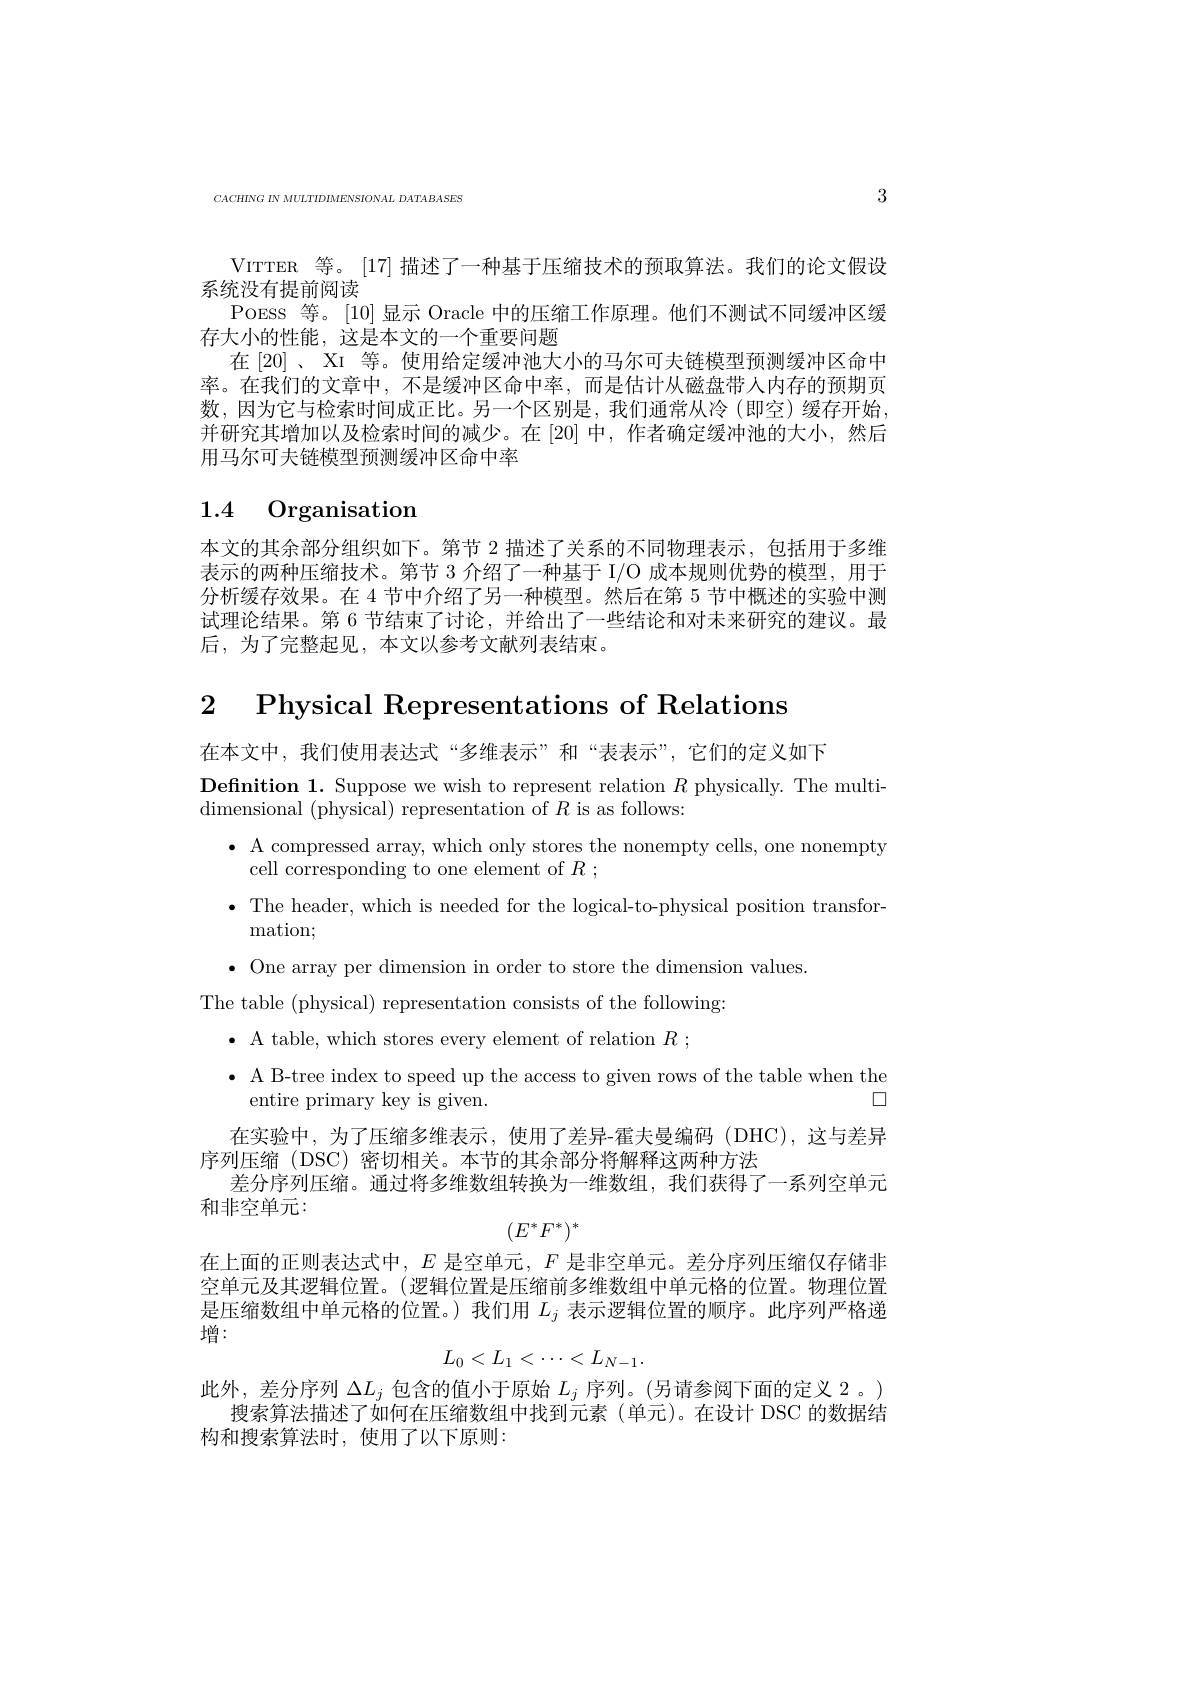
3

$CACHINGINMULTIDIMENSIONAL$ DATABASES

VITTER 等。[17]描述了一种基于压缩技术的预取算法。我们的论文假设
系统没有提前阅读
POESS 等。[10]显示 Oracle 中的压缩工作原理。他们不测试不同缓冲区缓
存大小的性能，这是本文的一个重要问题
在[20]、XI 等。使用给定缓冲池大小的马尔可夫链模型预测缓冲区命中率。在我们的文章中，不是缓冲区命中率，而是估计从磁盘带人内存的预期页数，因为它与检索时间成正比。另一个区别是，我们通常从冷(即空)缓存开始， 并研究其增加以及检索时间的减少。在[20]中，作者确定缓冲池的大小，然后用马尔可夫链模型预测缓冲区命中率

## 1.4 Organisation

本文的其余部分组织如下。第节 2 描述了关系的不同物理表示，包括用于多维表示的两种压缩技术。第节 3 介绍了一种基于 I/O 成本规则优势的模型，用于分析缓存效果。在 4 节中介绍了另一种模型。然后在第 5 节中概述的实验中测试理论结果。第 6 节结束了讨论，并给出了一些结论和对未来研究的建议。最后，为了完整起见，本文以参考文献列表结束。

2 Physical Representations of Relations

在本文中，我们使用表达式“多维表示”和“表表示”,它们的定义如下

Definition 1. Suppose we wish to represent relation $R$ physically. The multi-
dimensional (physical) representation of $R$ is as follows:
$\bullet$ A compressed array, which only stores the nonempty cells, one nonempty
cell corresponding to one element of $R$ ;
$\bullet$ The header, which is needed for the logical-to-physical position transfor-
mation;
$\bullet$ One array per dimension in order to store the dimension values
The table (physical) representation consists of the following:
$\bullet$ A table, which stores every element of relation $R$ ;
$\bullet$ A B-tree index to speed up the access to given rows of the table when the
$\square$
entire primary key is given.
在实验中，为了压缩多维表示，使用了差异-霍夫曼编码(DHC),这与差异
序列压缩(DSC)密切相关。本节的其余部分将解释这两种方法
差分序列压缩。通过将多维数组转换为一维数组，我们获得了一系列空单元
和非空单元：
$$\begin{matrix}(E^*F^*)^*\end{matrix}$$
在上面的正则表达式中，$E$是空单元，$F$是非空单元。差分序列压缩仅存储非空单元及其逻辑位置。(逻辑位置是压缩前多维数组中单元格的位置。物理位置是压缩数组中单元格的位置。)我们用$L_j$表示逻辑位置的顺序。此序列严格递增：
$$L_0<L_1<\cdots<L_{N-1}.$$
此外，差分序列$\Delta L_j$包含的值小于原始$L_j$序列。(另请参阅下面的定义 2。)
搜索算法描述了如何在压缩数组中找到元素(单元)。在设计 DSC 的数据结
构和搜索算法时，使用了以下原则：